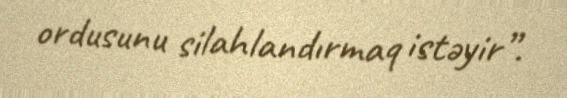
ordusunu silahlandırmaq istəyir”.